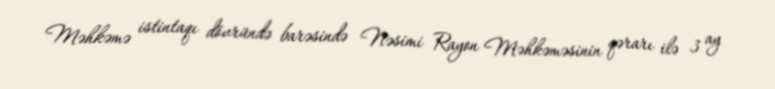
Məhkəmə istintaqı dövründə barəsində Nəsimi Rayon Məhkəməsinin qərarı ilə 3 ay